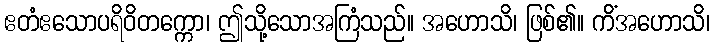
ဧတံဧသောပရိဝိတက္ကော၊ ဤသို့သောအကြံသည်။ အဟောသိ၊ ဖြစ်၏။ ကိံအဟောသိ၊